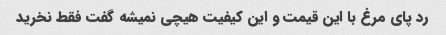
رد پای مرغ با این قیمت و این کیفیت هیچی نمیشه گفت فقط نخرید